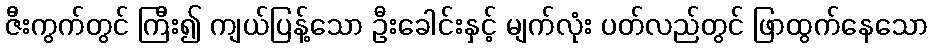
ဇီးကွက်တွင် ကြီး၍ ကျယ်ပြန့်သော ဦးခေါင်းနှင့် မျက်လုံး ပတ်လည်တွင် ဖြာထွက်နေသော